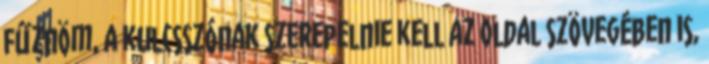
fűznöm, a kulcsszónak szerepelnie kell az oldal szövegében is,